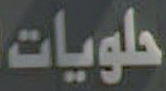
حلويات